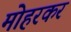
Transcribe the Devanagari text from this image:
मोहरकर